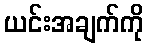
ယင်းအချက်ကို